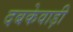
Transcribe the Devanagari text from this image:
दबकेवाड़ी